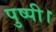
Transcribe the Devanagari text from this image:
पुष्पी।